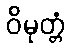
ဝိမုတ္တံ